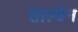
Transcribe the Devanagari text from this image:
साल्डेन